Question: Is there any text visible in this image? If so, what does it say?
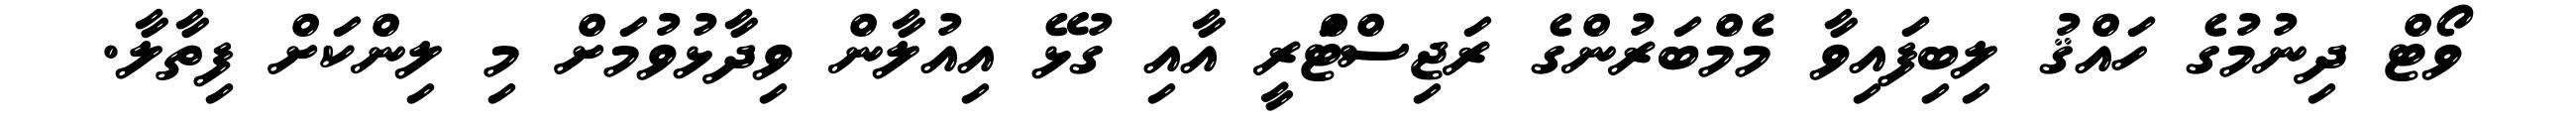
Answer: ވޯޓް ދިނުމުގެ ހައްޤު ލިބިފައިވާ މެމްބަރުންގެ ރަޖިސްޓްަރީ އާއި ގުޅޭ އިއުލާން ވިދާޅުވުމަށް މި ލިންކަށް ފިތާލާ.